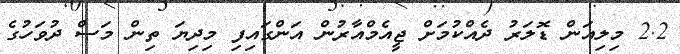
2.2 މިލިއަން ޑޮލަރު ދެއްކުމަށް ޖީއެމްއާރުން އަންގައިފި މިދިޔަ ތިން މަސް ދުވަހުގެ